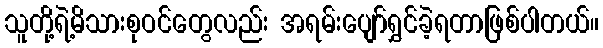
သူတို့ရဲ့မိသားစုဝင်တွေလည်း အရမ်းပျော်ရွှင်ခဲ့ရတာဖြစ်ပါတယ်။